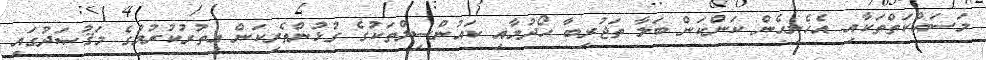
މަސައްކަތްތަކާއި އެހެނިހެން ކަންކަން ބަލާ ތަޖުރިބާ ހޯދުމާއި ކައުންސިލްތަކުގެ ގުޅުންތެރިކަން އިތުރުކުރުމުގެ މަޤުޞަދުގައި